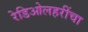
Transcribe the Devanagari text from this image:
रेडिओलहरींचा